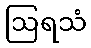
ဩရသံ